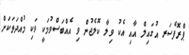
ޕްރޮފެސަރ އުގައިލް އާއި އެކު ވިލާ ކޮލެޖުން ވި އެއްބަސްވުމަކީ ވަކި މުއްދަތަކަށް